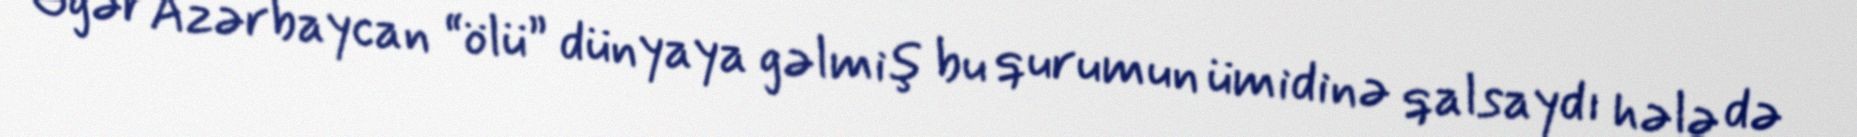
Əgər Azərbaycan “ölü” dünyaya gəlmiş bu qurumun ümidinə qalsaydı hələ də